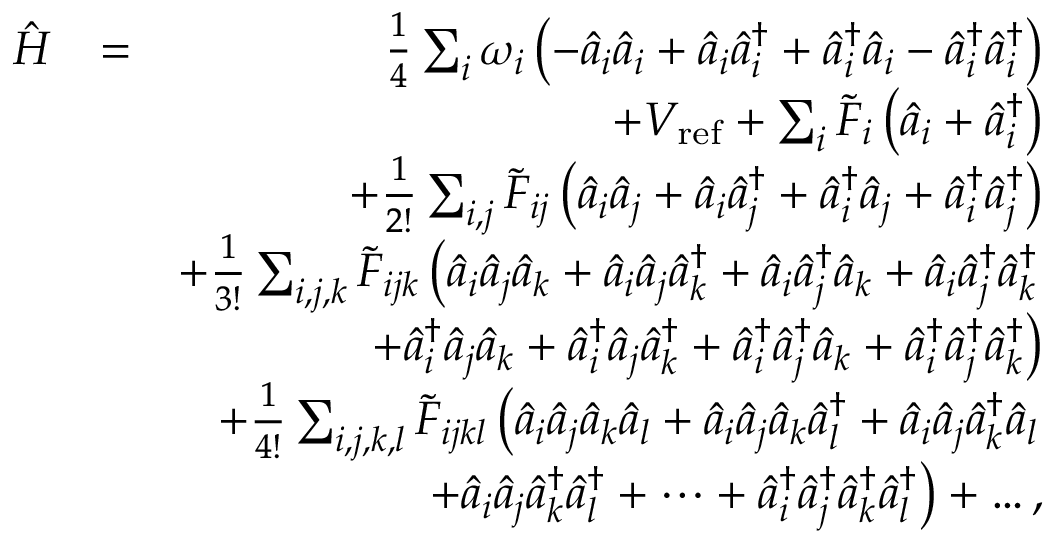
\begin{array} { r l r } { \hat { H } } & { = } & { \frac { 1 } { 4 } \sum _ { i } \omega _ { i } \left( - \hat { a } _ { i } \hat { a } _ { i } + \hat { a } _ { i } \hat { a } _ { i } ^ { \dagger } + \hat { a } _ { i } ^ { \dagger } \hat { a } _ { i } - \hat { a } _ { i } ^ { \dagger } \hat { a } _ { i } ^ { \dagger } \right) } \\ & { } & { + V _ { \mathrm { r e f } } + \sum _ { i } \tilde { F } _ { i } \left( \hat { a } _ { i } + \hat { a } _ { i } ^ { \dagger } \right) } \\ & { } & { + \frac { 1 } { 2 ! } \sum _ { i , j } \tilde { F } _ { i j } \left( \hat { a } _ { i } \hat { a } _ { j } + \hat { a } _ { i } \hat { a } _ { j } ^ { \dagger } + \hat { a } _ { i } ^ { \dagger } \hat { a } _ { j } + \hat { a } _ { i } ^ { \dagger } \hat { a } _ { j } ^ { \dagger } \right) } \\ & { } & { + \frac { 1 } { 3 ! } \sum _ { i , j , k } \tilde { F } _ { i j k } \left( \hat { a } _ { i } \hat { a } _ { j } \hat { a } _ { k } + \hat { a } _ { i } \hat { a } _ { j } \hat { a } _ { k } ^ { \dagger } + \hat { a } _ { i } \hat { a } _ { j } ^ { \dagger } \hat { a } _ { k } + \hat { a } _ { i } \hat { a } _ { j } ^ { \dagger } \hat { a } _ { k } ^ { \dagger } \right. } \\ & { } & { \left. + \hat { a } _ { i } ^ { \dagger } \hat { a } _ { j } \hat { a } _ { k } + \hat { a } _ { i } ^ { \dagger } \hat { a } _ { j } \hat { a } _ { k } ^ { \dagger } + \hat { a } _ { i } ^ { \dagger } \hat { a } _ { j } ^ { \dagger } \hat { a } _ { k } + \hat { a } _ { i } ^ { \dagger } \hat { a } _ { j } ^ { \dagger } \hat { a } _ { k } ^ { \dagger } \right) } \\ & { } & { + \frac { 1 } { 4 ! } \sum _ { i , j , k , l } \tilde { F } _ { i j k l } \left( \hat { a } _ { i } \hat { a } _ { j } \hat { a } _ { k } \hat { a } _ { l } + \hat { a } _ { i } \hat { a } _ { j } \hat { a } _ { k } \hat { a } _ { l } ^ { \dagger } + \hat { a } _ { i } \hat { a } _ { j } \hat { a } _ { k } ^ { \dagger } \hat { a } _ { l } \right. } \\ & { } & { \left. + \hat { a } _ { i } \hat { a } _ { j } \hat { a } _ { k } ^ { \dagger } \hat { a } _ { l } ^ { \dagger } + \cdots + \hat { a } _ { i } ^ { \dagger } \hat { a } _ { j } ^ { \dagger } \hat { a } _ { k } ^ { \dagger } \hat { a } _ { l } ^ { \dagger } \right) + \dots , } \end{array}